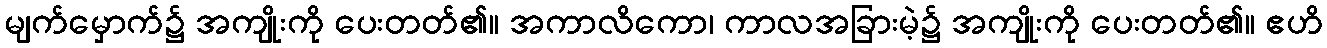
မျက်မှောက်၌ အကျိုးကို ပေးတတ်၏။ အကာလိကော၊ ကာလအခြားမဲ့၌ အကျိုးကို ပေးတတ်၏။ ဧဟိ